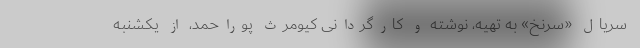
سریال «سرنخ» به تهیه، نوشته و کارگردانی کیومرث پوراحمد، از یکشنبه